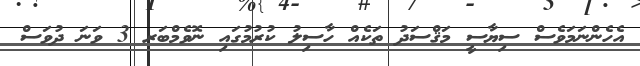
އެހެންނަމަވެސް ސިޔާސީ މަޤްސަދު ތަކެއް ހާސިލު ކުރުމުގައި ނޮވެމްބަރ 3 ވަނަ ދުވަސް